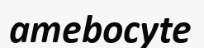
amebocyte